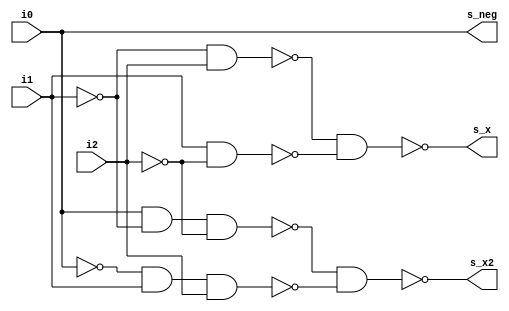
module tri_fu_mul_bthdcd(
   i0,
   i1,
   i2,
   s_neg,
   s_x,
   s_x2
);
   input   i0;
   input   i1;
   input   i2;
   output  s_neg;
   output  s_x;
   output  s_x2;

   //  ATTRIBUTE btr_name   OF tri_fu_mul_bthdcd          : ENTITY IS "tri_fu_mul_bthdcd";

   wire    s_add;
   wire    sx1_a0_b;
   wire    sx1_a1_b;
   wire    sx1_t;
   wire    sx1_i;
   wire    sx2_a0_b;
   wire    sx2_a1_b;
   wire    sx2_t;
   wire    sx2_i;
   wire    i0_b;
   wire    i1_b;
   wire    i2_b;

   // i0:2      booth recode table
   //--------------------------------
   // 000  add  sh1=0 sh2=0  sub_adj=0
   // 001  add  sh1=1 sh2=0  sub_adj=0
   // 010  add  sh1=1 sh2=0  sub_adj=0
   // 011  add  sh1=0 sh2=1  sub_adj=0
   // 100  sub  sh1=0 sh2=1  sub_adj=1
   // 101  sub  sh1=1 sh2=0  sub_adj=1
   // 110  sub  sh1=1 sh2=0  sub_adj=1
   // 111  sub  sh1=0 sh2=0  sub_adj=0

   // logically correct
   //----------------------------------
   //  s_neg <= (i0);
   //  s_x   <= (       not i1 and     i2) or (           i1 and not i2);
   //  s_x2  <= (i0 and not i1 and not i2) or (not i0 and i1 and     i2);

   assign i0_b = (~(i0));
   assign i1_b = (~(i1));
   assign i2_b = (~(i2));

   assign s_add = (~(i0));
   assign s_neg = (~(s_add));

   assign sx1_a0_b = (~(i1_b & i2));
   assign sx1_a1_b = (~(i1 & i2_b));
   assign sx1_t = (~(sx1_a0_b & sx1_a1_b));
   assign sx1_i = (~(sx1_t));
   assign s_x = (~(sx1_i));

   assign sx2_a0_b = (~(i0 & i1_b & i2_b));
   assign sx2_a1_b = (~(i0_b & i1 & i2));
   assign sx2_t = (~(sx2_a0_b & sx2_a1_b));
   assign sx2_i = (~(sx2_t));
   assign s_x2 = (~(sx2_i));

endmodule